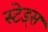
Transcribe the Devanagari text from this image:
स्टेड्स